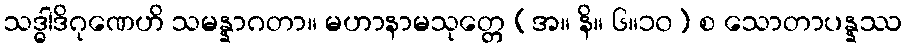
သဒ္ဓါဒိဂုဏေဟိ သမန္နာဂတာ။ မဟာနာမသုတ္တေ (အ။ နိ။ ၆။၁၀) စ သောတာပန္နဿ